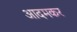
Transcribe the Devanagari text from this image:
आदमकर